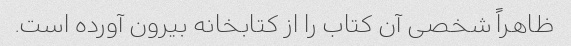
ظاهراً شخصی آن کتاب را از کتابخانه بیرون آورده است.